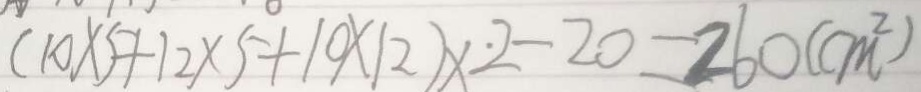
( 1 0 \times 5 + 1 2 \times 5 + 1 0 \times 1 2 ) \times 2 - 2 0 = 2 6 0 ( c m ^ { 2 } )